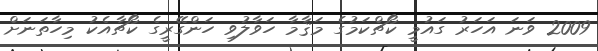
2009 ވަނަ އަހަރު ގައުމީ ކޯޗްކަމުގެ މަޤާމާ ހަވާލުވި ހަންގޭރީގެ ކޯޗާއެކު މިހާތަނަށް